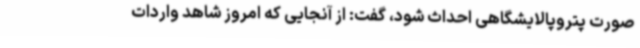
صورت پتروپالایشگاهی احداث شود، گفت: از آنجایی که امروز شاهد واردات